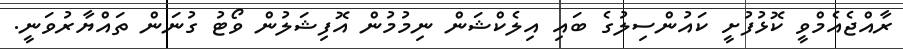
ރާއްޖެއެމްވީ ކޮޅުފުށީ ކައުންސިލުގެ ބައި އިލެކްޝަން ނިމުމުން އޮފިޝަލުން ވޯޓު ގުނަން ތައްޔާރުވަނީ.